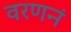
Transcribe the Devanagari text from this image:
वरणनं